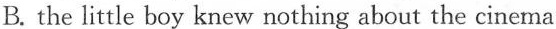
B. the little boy knew nothing about the cinema